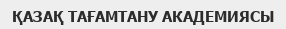
ҚАЗАҚ ТАҒАМТАНУ АКАДЕМИЯСЫ